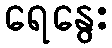
ရေနွေး